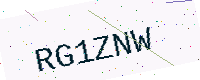
Text: RG1ZNW